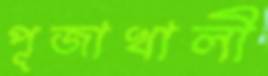
পূজাখালী